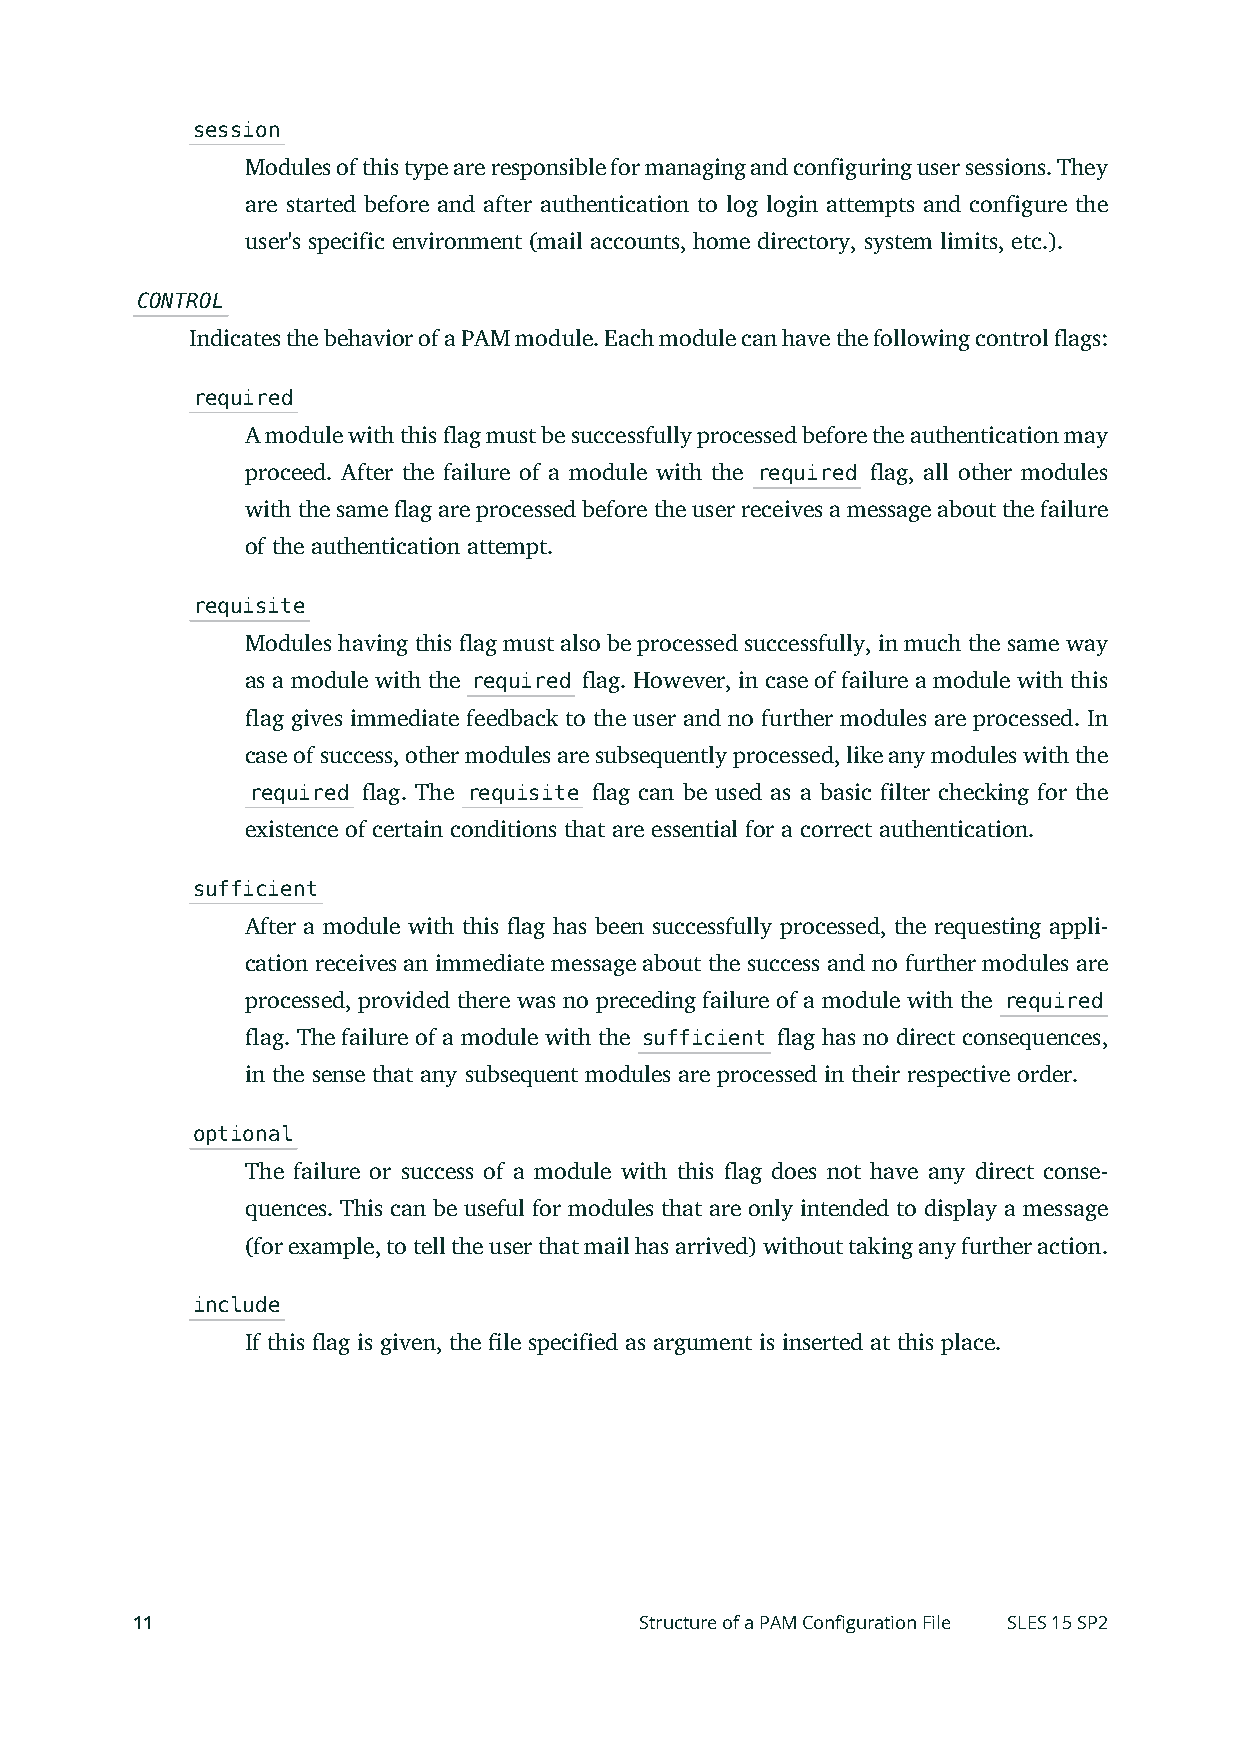
session
 Modules of this type are responsible for managing and configuring user sessions. They
 are started before and after authentication to log login attempts and configure the
 user's specific environment (mail accounts, home directory, system limits, etc.).
 CONTROL
 Indicates the behavior of a PAM module. Each module can have the following control ags:
 required
 A module with this ag must be successfully processed before the authentication may
 proceed. After the failure of a module with the required ag, all other modules
 with the same ag are processed before the user receives a message about the failure
 of the authentication attempt.
 requisite
 Modules having this ag must also be processed successfully, in much the same way
 as a module with the required ag. However, in case of failure a module with this
 ag gives immediate feedback to the user and no further modules are processed. In
 case of success, other modules are subsequently processed, like any modules with the
 required ag. The requisite ag can be used as a basic filter checking for the
 existence of certain conditions that are essential for a correct authentication.
 sufficient
 After a module with this ag has been successfully processed, the requesting appli-
 cation receives an immediate message about the success and no further modules are
 processed, provided there was no preceding failure of a module with the required
 ag. The failure of a module with the sufficient ag has no direct consequences,
 in the sense that any subsequent modules are processed in their respective order.
 optional
 The failure or success of a module with this ag does not have any direct conse-
 quences. This can be useful for modules that are only intended to display a message
 (for example, to tell the user that mail has arrived) without taking any further action.
 include
 If this ag is given, the le specified as argument is inserted at this place.
 11                               Structure of a PAM Configuration File SLES 15 SP2